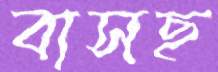
বাসছ